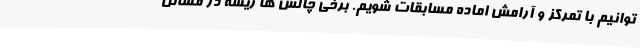
توانیم با تمرکز و آرامش اماده مسابقات شویم. برخی چالش ها ریشه در مسائل